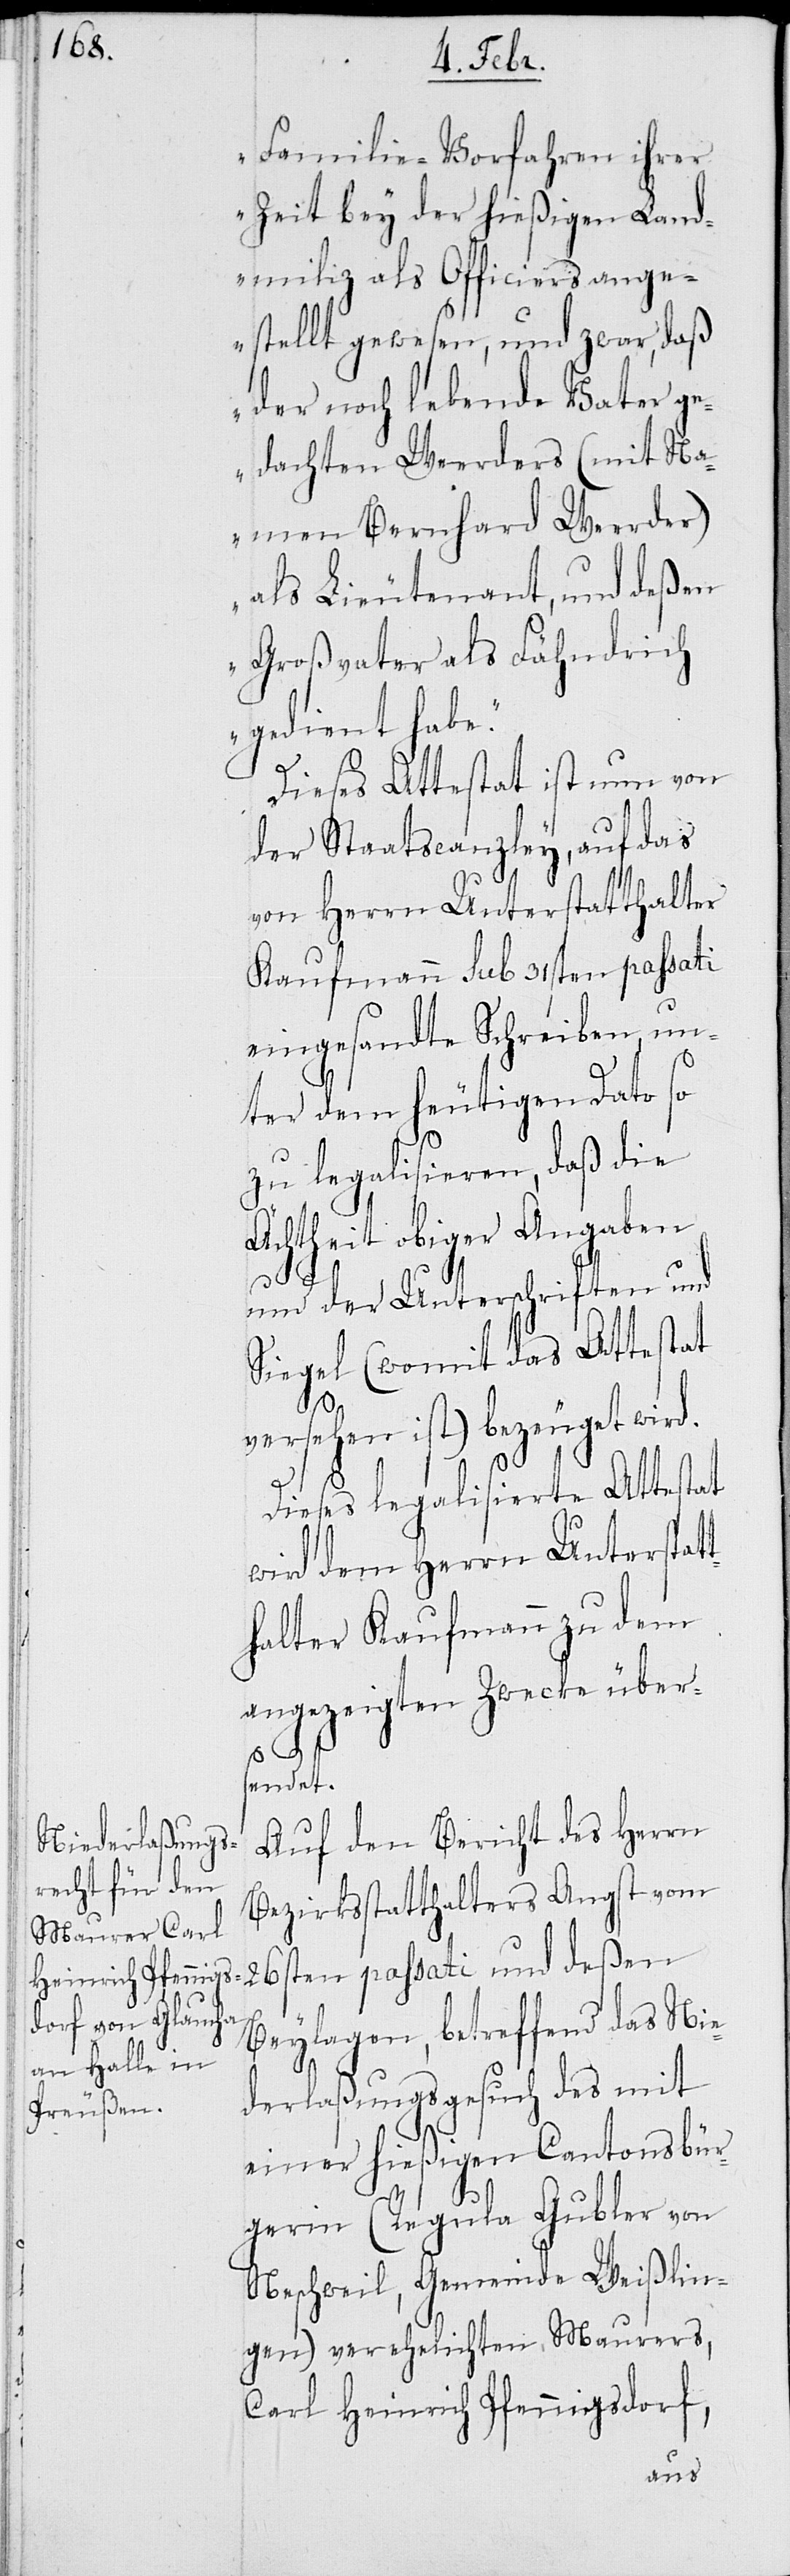
Familie-Vorfahren ihrer
Zeit bey der hießigen Land¬
miliz als Officiers ange¬
stellt gewesen, und zwar, daß
der noch lebende Vater ge¬
dachten Weerders (mit Na¬
men Bernhard Weerder)
als Lieutenant, und deßen
Großvater als Fähndrich
gedient habe.“
Dieses Attestat ist nun von
der Staatscanzley, auf das
von Herrn Unterstatthalter
Kaufmann sub 31sten passati
eingesandte Schreiben, un¬
ter dem heutigen Dato so
zu legalisieren, daß die
Ächtheit obiger Angaben
und der Unterschriften und
Siegel (womit das Attestat
deßen
versehen ist) bezeuget wird.
Dieses legalisierte Attestat
wird dem Herrn Unterstat¬
thalter Kaufmann zu dem
angezeigten Zwecke übers¬
und
endet.
Auf den Bericht des Herrn
Bezirksstatthalters Angst vom
Beylagen, betreffend das Nie¬
derlaßungsgesuch des mit
einer hießigen Cantonsbür¬
gerin (Regula Gubler von
Neschweil, Gemeinde Weißlin¬
gen) verheirateten Maurers,
Carl Heinrich Pfennigsdorf,